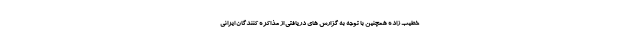
خطیب زاده همچنین با توجه به گزارش های دریافتی از مذاکره کنندگان ایرانی